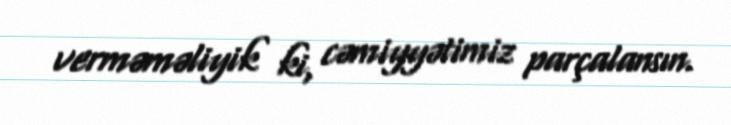
verməməliyik ki, cəmiyyətimiz parçalansın.